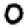
Digit: 0